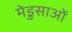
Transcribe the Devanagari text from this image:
मेडुसाओं